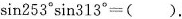
\sin 2 5 3 ° \sin 3 1 3 ° = ( )$$.